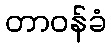
တာဝန်ခံ